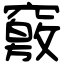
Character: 竅